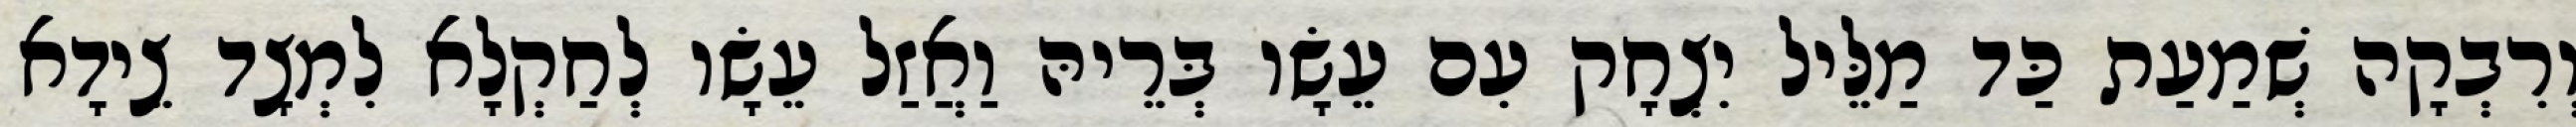
וְרִבְקָה שְׁמַעַת כַּד מַלֵּיל יִצְחָק עִם עֵשָׂו בְּרֵיהּ וַאֲזַל עֵשָׂו לְחַקְלָא לִמְצָד צֵידָא